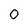
Character: O